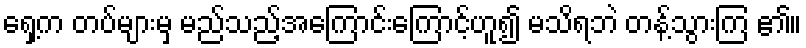
ရှေ့က တပ်များမှ မည်သည့်အကြောင်းကြောင့်ဟူ၍ မသိရဘဲ တန့်သွားကြ ၏။